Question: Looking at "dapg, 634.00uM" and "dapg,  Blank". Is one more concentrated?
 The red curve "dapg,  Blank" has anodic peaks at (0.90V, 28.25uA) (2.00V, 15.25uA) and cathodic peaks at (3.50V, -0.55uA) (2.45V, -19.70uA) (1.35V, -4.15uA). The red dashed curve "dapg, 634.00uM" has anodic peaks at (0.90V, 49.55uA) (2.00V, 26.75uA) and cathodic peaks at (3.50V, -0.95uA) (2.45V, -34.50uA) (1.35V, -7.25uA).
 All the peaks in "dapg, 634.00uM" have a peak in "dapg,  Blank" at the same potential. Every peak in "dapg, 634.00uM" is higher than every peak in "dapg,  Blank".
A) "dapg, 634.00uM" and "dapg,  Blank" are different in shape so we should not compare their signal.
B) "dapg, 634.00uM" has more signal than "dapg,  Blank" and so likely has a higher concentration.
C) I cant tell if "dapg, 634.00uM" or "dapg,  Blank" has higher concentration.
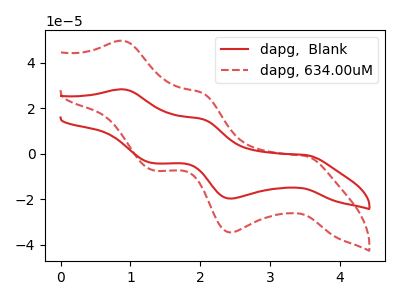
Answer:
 <answer>B) "dapg, 634.00uM" has more signal than "dapg,  Blank" and so likely has a higher concentration.</answer>
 <eval>B</eval>